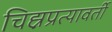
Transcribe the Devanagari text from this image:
चिह्नप्रत्यावर्ती